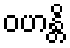
ဝဟန္တိ